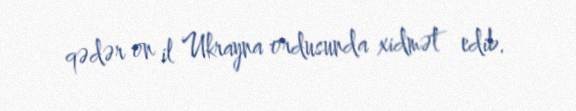
qədər on il Ukrayna ordusunda xidmət edib.